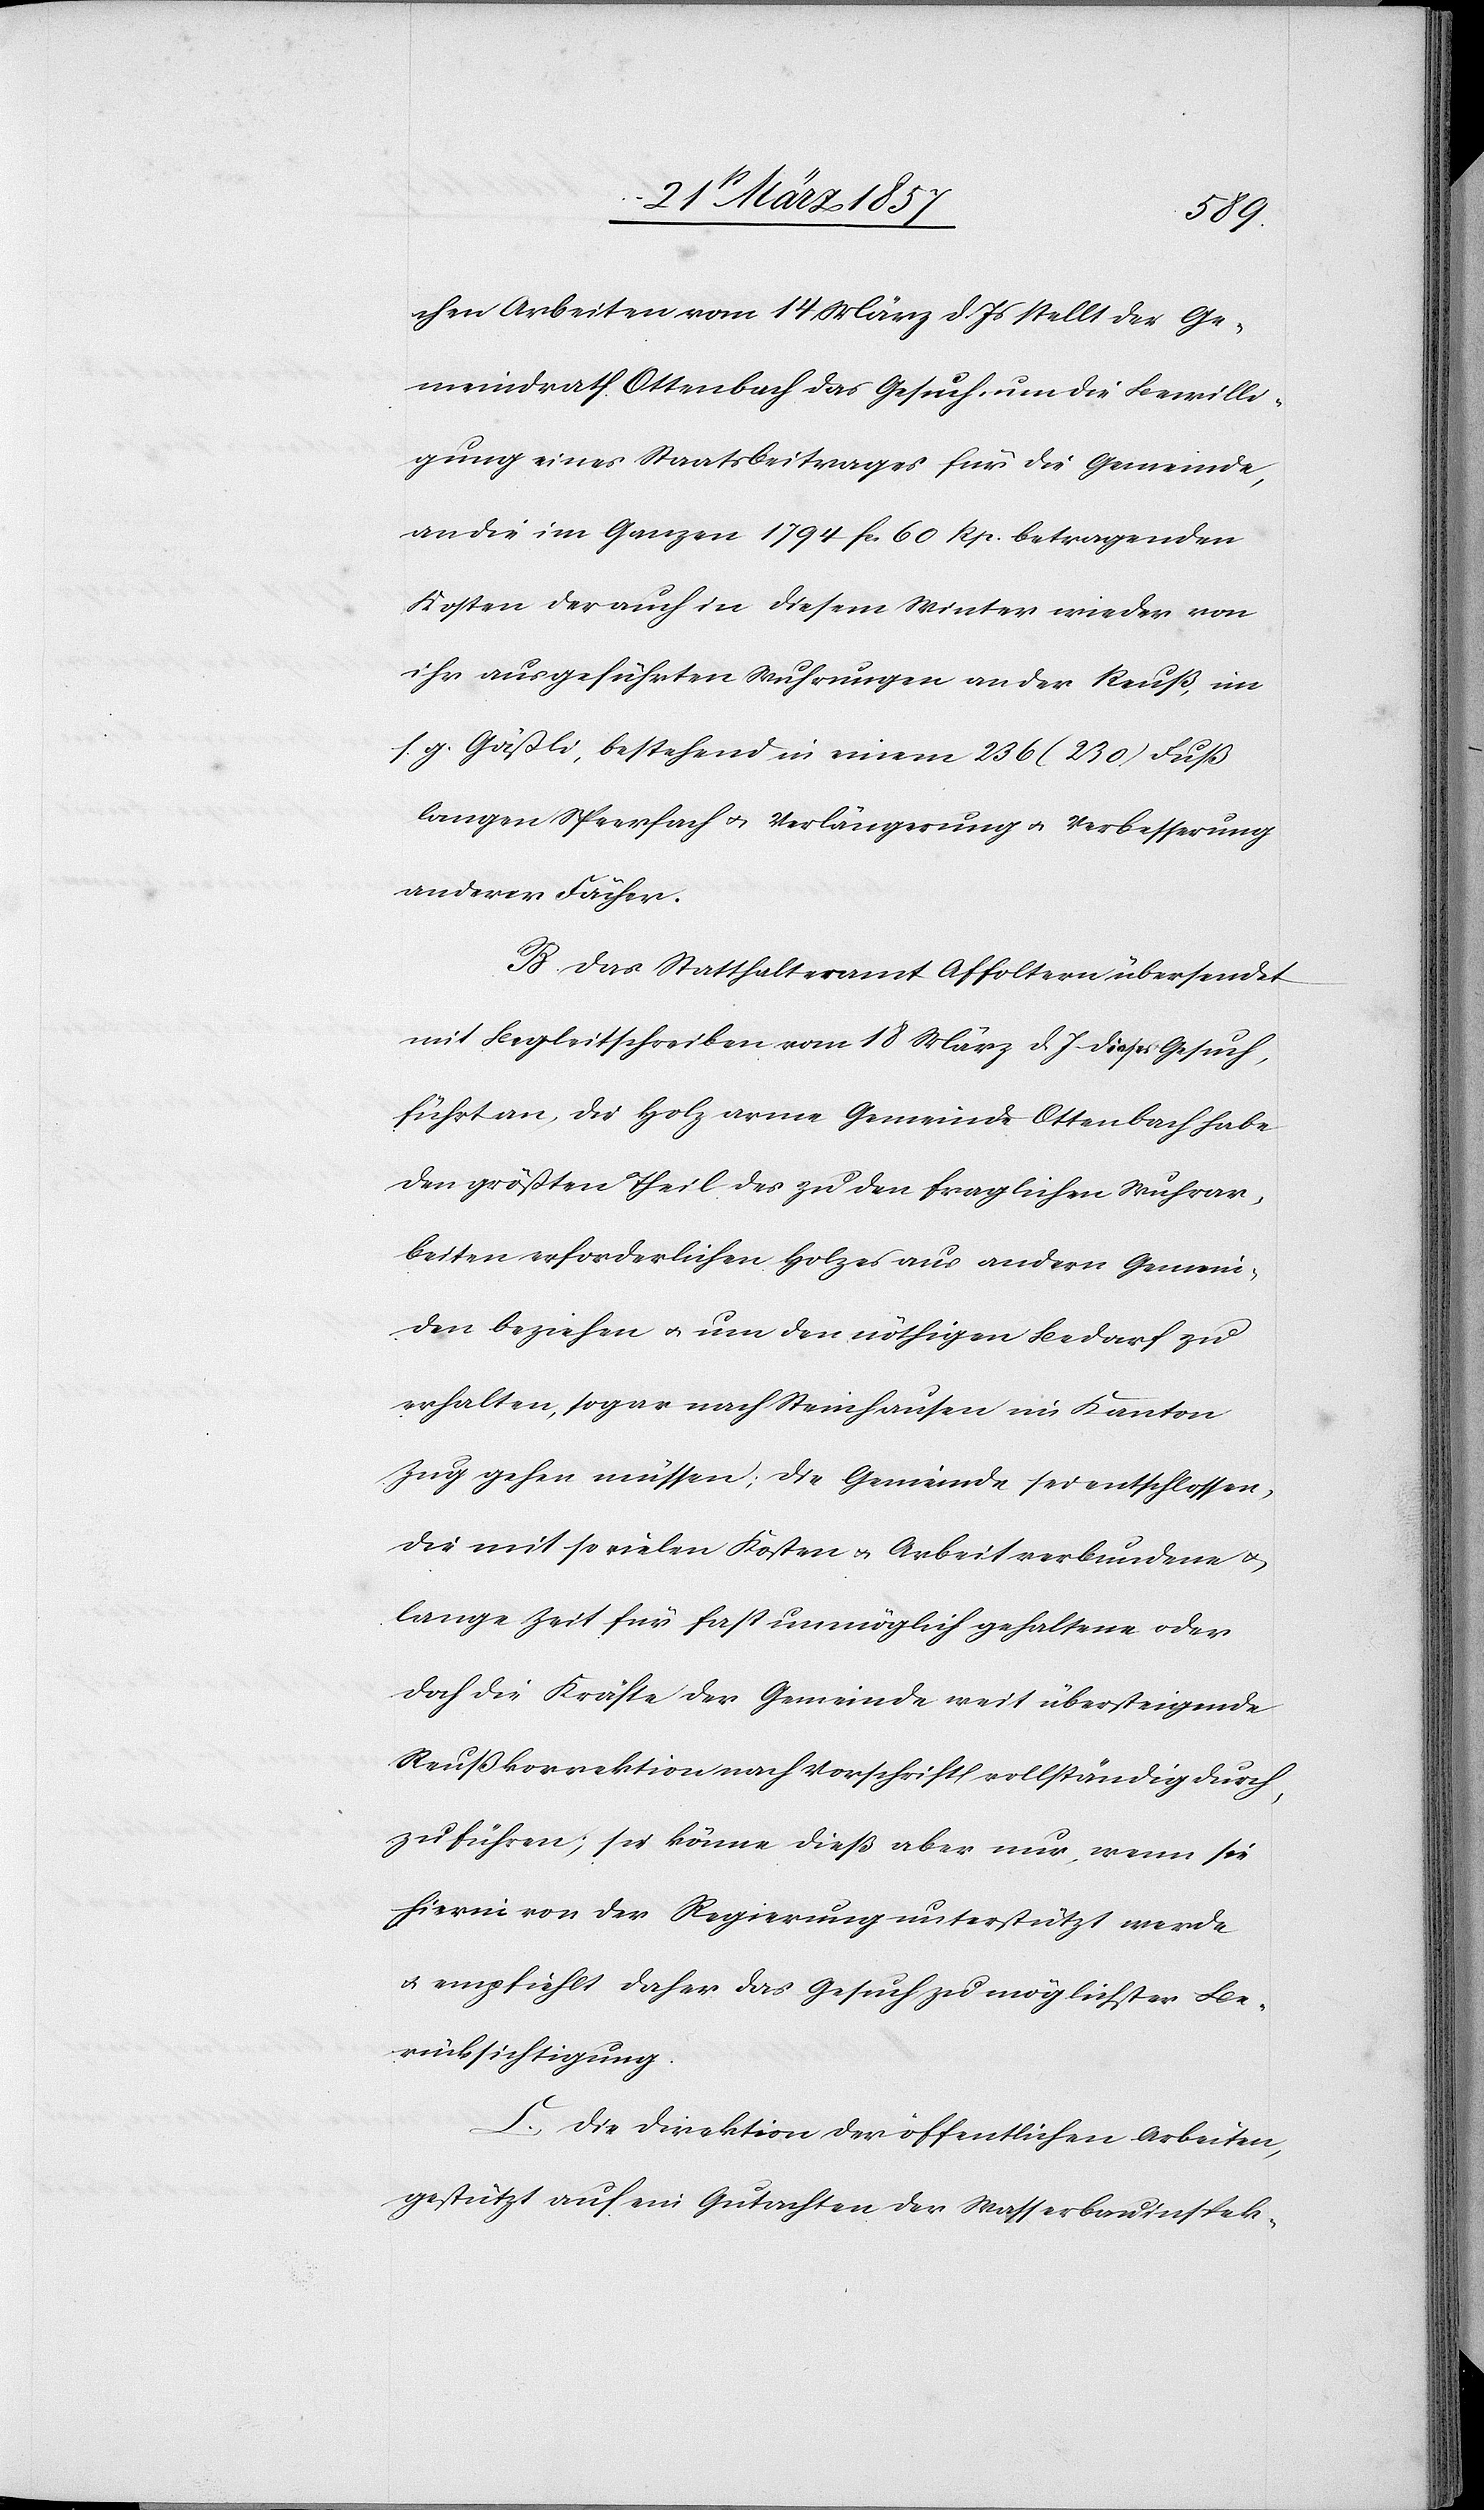
chen Arbeiten vom 14 März d. Js stellt der Ge¬
meindrath Ottenbach das Gesuch, um die Bewilli¬
gung eines Staatsbeitrages für die Gemeinde,
an die im Ganzen 1794 fr. 60 Rp. betragenden
Kosten der auch in diesem Winter wieder von
ihr ausgeführten Wuhrungen an der Reuß, im
s. g. Gäßli, bestehend in einem 236 (230) Fuß
langen Speerfach u. Verlängerung u. Verbesserung
anderer Fächer.
B. Das Statthalteramt Affoltern übersendet
mit Begleitschreiben vom 18 März d. J dieses Gesuch,
führt an, die Holz arme Gemeinde Ottenbach habe
den größten Theil des zu den fraglichen Wuhrar¬
beiten erforderlichen Holzes aus andern Gemein¬
den beziehen u. um den nöthigen Bedarf zu
erhalten, sogar nach Steinhausen im Kanton
Zug gehen müssen; die Gemeinde sei entschlossen,
die mit so vielen Kosten u. Arbeit verbundene u.
lange Zeit für fast unmöglich gehaltene oder
doch die Kräfte der Gemeinde weit übersteigenden
Reußkorrektion nach Vorschrift vollständig durch¬
zuführen; sie könne dieß aber nur, wenn sie
hierin von der Regierung unterstützt werde
u. empfiehlt daher das Gesuch zu möglichster Be¬
rücksichtigung.
C. Die Direktion der öffentlichen Arbeiten,
gestützt auf ein Gutachten der Wasserbauinspek-